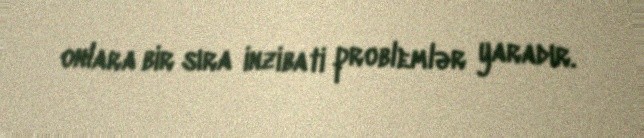
onlara bir sıra inzibati problemlər yaradır.